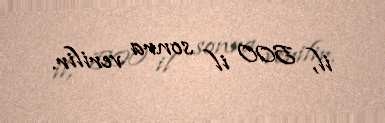
il, 500 il sonra verilir.